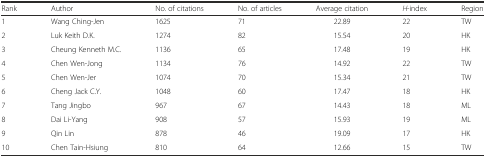
| Rank | Author | No. of citations | No. of articles | Average citation | H-index | Region |
 | --- | --- | --- | --- | --- | --- | --- |
 | 1 | Wang Ching-Jen | 1625 | 71 | 22.89 | 22 | TW |
 | 2 | Luk Keith D.K. | 1274 | 82 | 15.54 | 20 | HK |
 | 3 | Cheung Kenneth M.C. | 1136 | 65 | 17.48 | 19 | HK |
 | 4 | Chen Wen-Jong | 1134 | 76 | 14.92 | 22 | TW |
 | 5 | Chen Wen-Jer | 1074 | 70 | 15.34 | 21 | TW |
 | 6 | Cheng Jack C.Y. | 1048 | 60 | 17.47 | 18 | HK |
 | 7 | Tang Jingbo | 967 | 67 | 14.43 | 18 | ML |
 | 8 | Dai Li-Yang | 908 | 57 | 15.93 | 19 | ML |
 | 9 | Qin Lin | 878 | 46 | 19.09 | 17 | HK |
 | 10 | Chen Tain-Hsiung | 810 | 64 | 12.66 | 15 | TW |